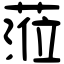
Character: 蒞